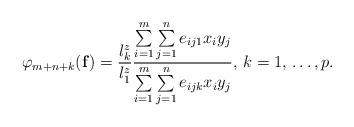
LaTeX: \begin{align*}\varphi_{m+n+k}(\mathbf{f})=\frac{l_{k}^{z}}{l_{1}^{z}}\frac{\sum\limits_{i=1}^m \sum\limits_{j=1}^n {e_{ij1}x_{i}y_{j}} }{\sum\limits_{i=1}^m \sum\limits_{j=1}^n {e_{ijk}x_{i}y_{j}} },\thinspace k=1,\thinspace \mathellipsis ,p.\end{align*}